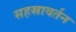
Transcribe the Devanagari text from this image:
सहस्रावर्तन